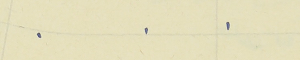
.    .    .